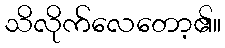
သိလိုက်လေတော့၏။